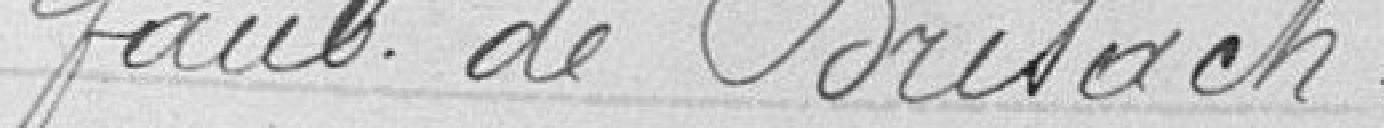
Faubourg de Brissach